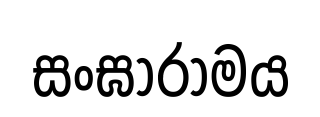
සංඝාරාමය